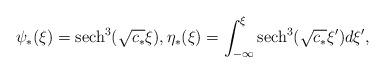
LaTeX: \begin{align*}\psi_*(\xi) = {\rm sech}^3(\sqrt{c_*} \xi), \eta_*(\xi) = \int_{-\infty}^{\xi} {\rm sech}^3(\sqrt{c_*} \xi') d\xi',\end{align*}